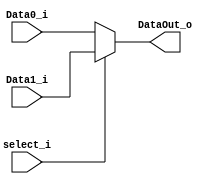
module Mux2 #(
    parameter WIDTH = 8
)(
    Data0_i, 
    Data1_i,
    select_i,
    DataOut_o
);

    input [WIDTH-1:0] Data0_i, Data1_i;
    input select_i;
    output [WIDTH-1:0] DataOut_o;

    assign DataOut_o = select_i ? Data1_i : Data0_i;
    
endmodule